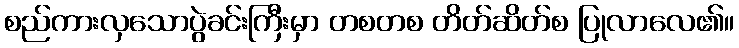
စည်ကားလှသောပွဲခင်းကြီးမှာ တစတစ တိတ်ဆိတ်စ ပြုလာလေ၏။